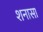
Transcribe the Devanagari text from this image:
शनासा